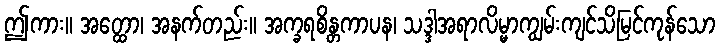
ဤကား။ အတ္ထော၊ အနက်တည်း။ အက္ခရစိန္တကာပန၊ သဒ္ဒါအရာလိမ္မာကျွမ်းကျင်သိမြင်ကုန်သော